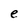
Character: e